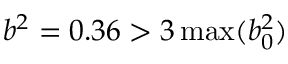
b ^ { 2 } = 0 . 3 6 > 3 \operatorname* { m a x } ( b _ { 0 } ^ { 2 } )